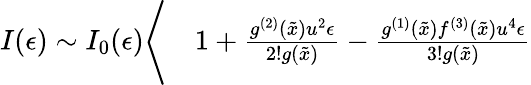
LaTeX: \begin{array}{rl}{I(\epsilon)\sim I_{0}(\epsilon)\Bigg\langle}&{{}1+\frac{g^{(2)}(\tilde{x})u^{2}\epsilon}{2!g(\tilde{x})}-\frac{g^{(1)}(\tilde{x})f^{(3)}(\tilde{x})u^{4}\epsilon}{3!g(\tilde{x})}}\end{array}